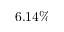
6 . 1 4 \%